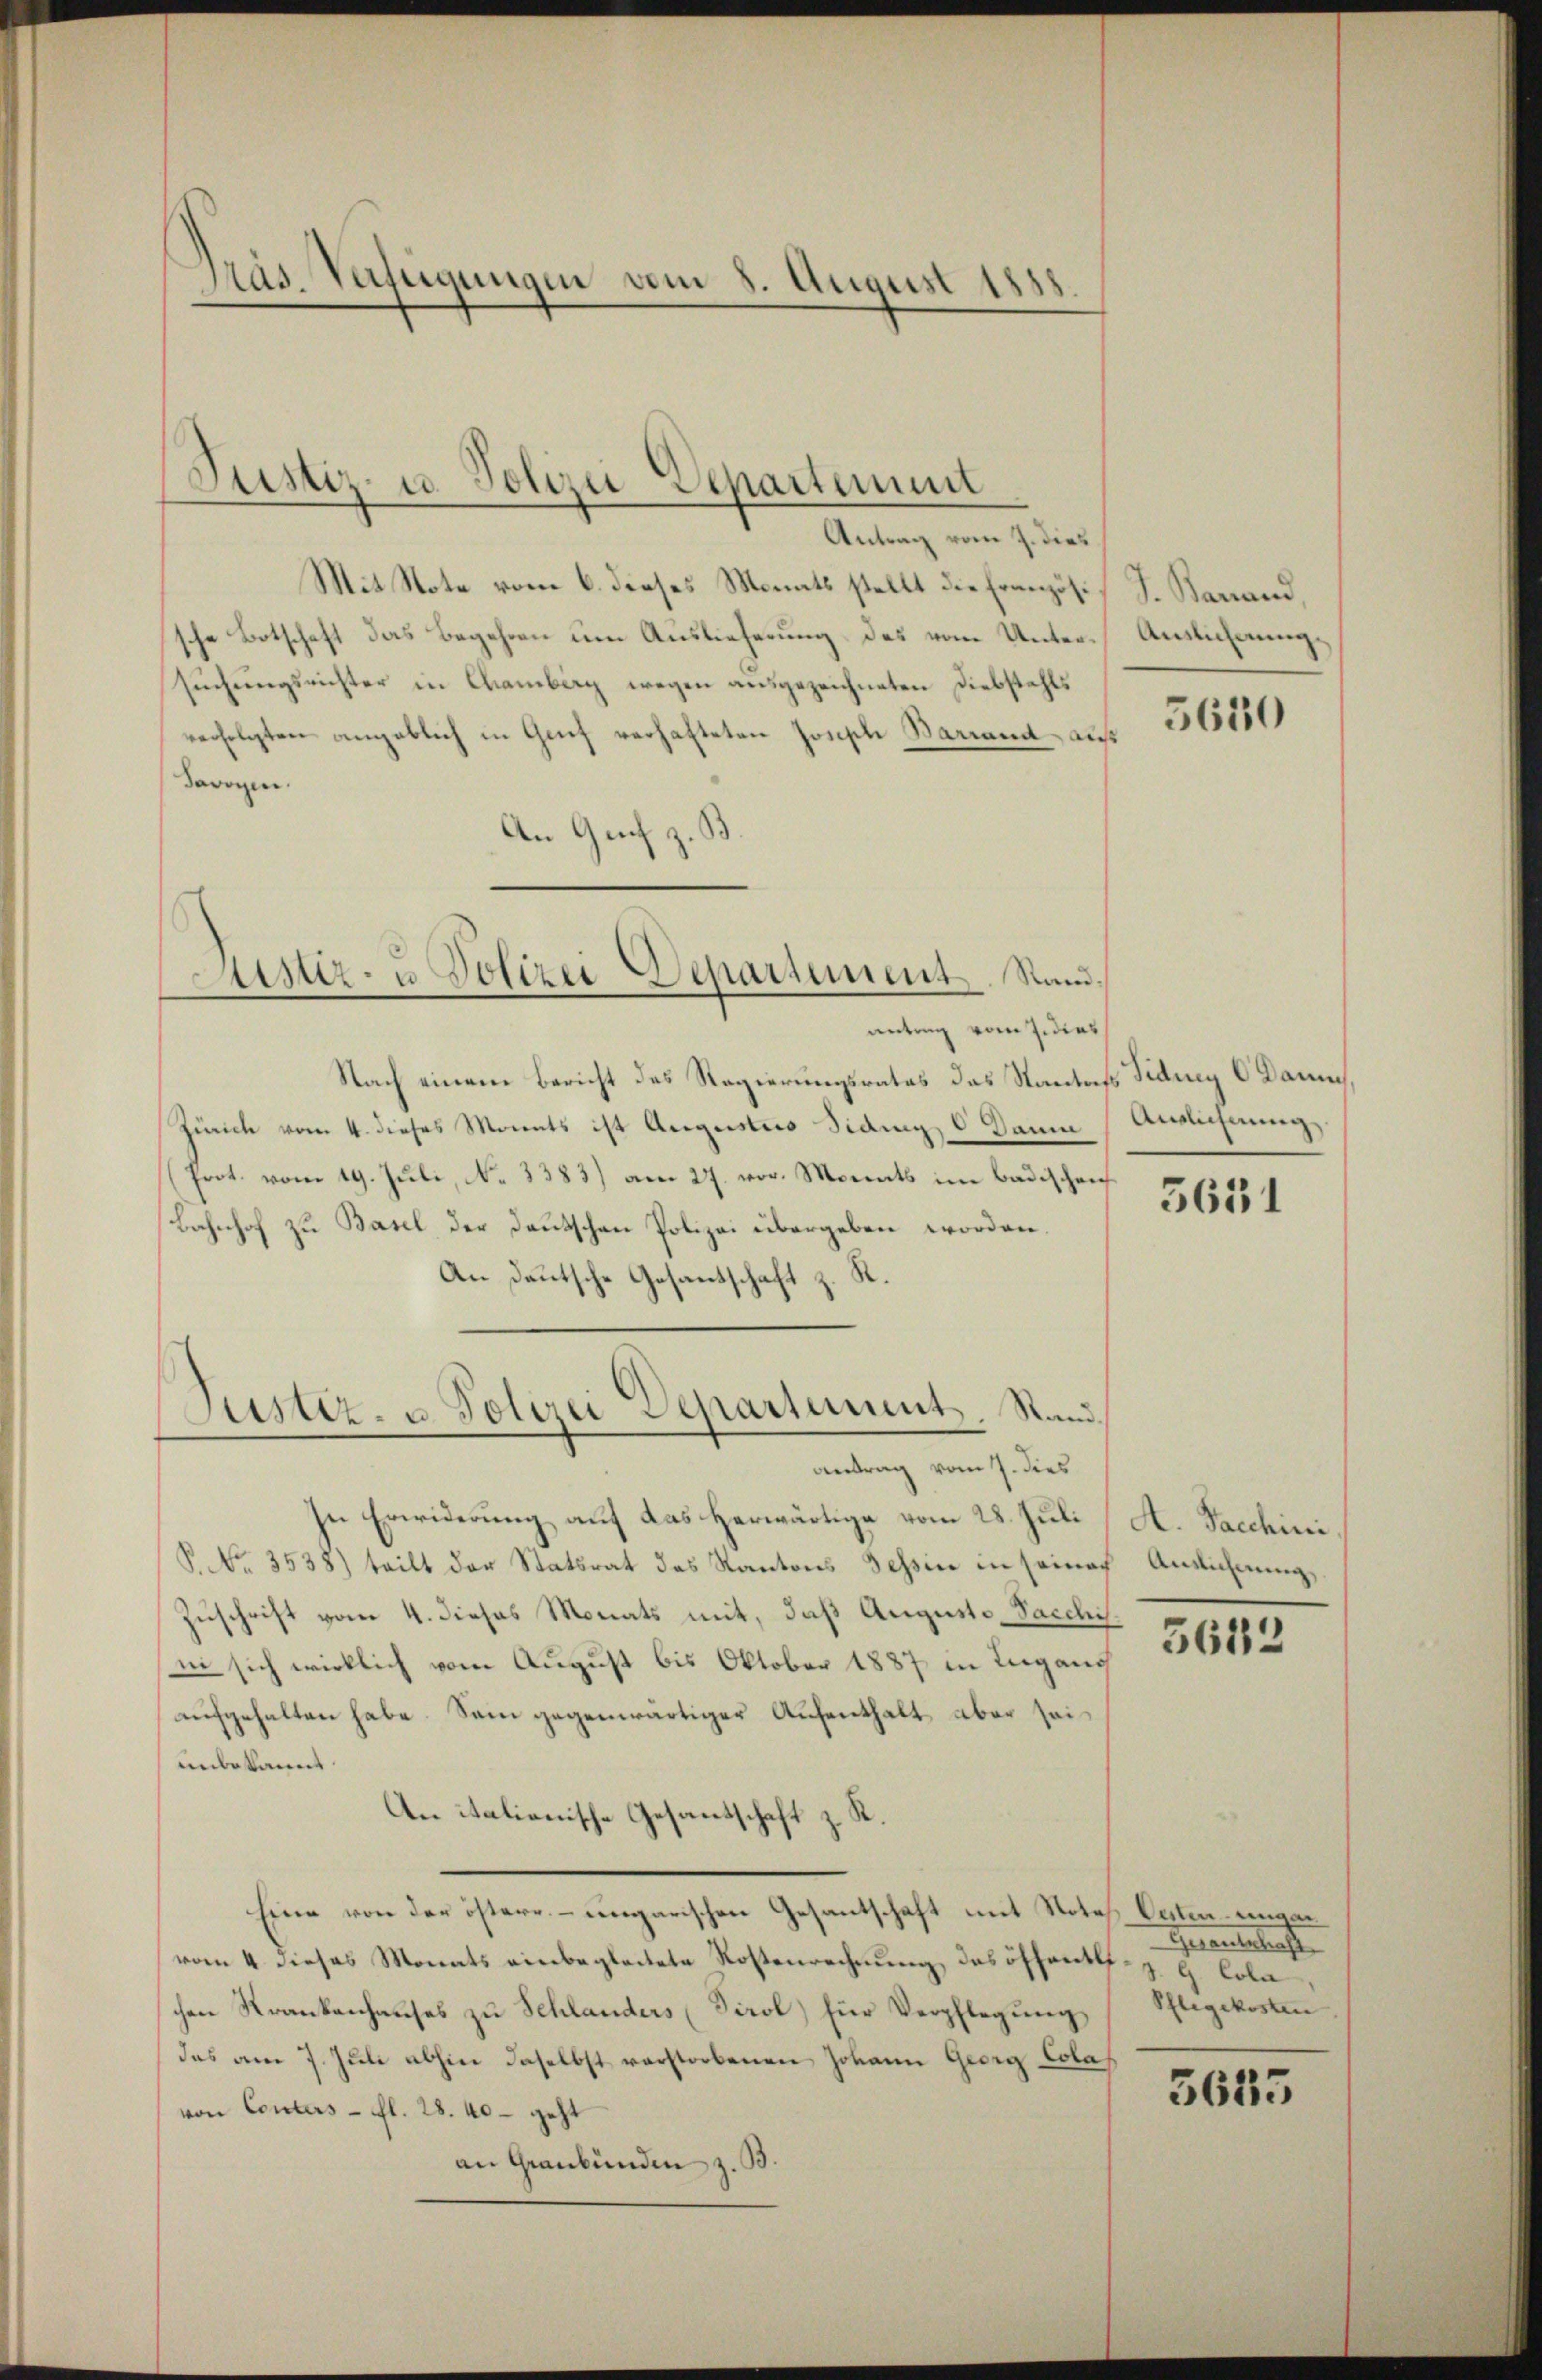
Präs. Verfügungen vom 8. August 1851

Justiz- u. Polizei Departement
Antrag vom 7. dies

Mit Note vom 6. dieses Monats stellt die Französi
sche Botschaft das Begehren um Auslieferung des vom Unter-Anslichungsuchungsrichter in Chamberg wegen ausgezeichneten Diebstahls
verfolgten angeblich in Grief verhafteten Joseph Barrand, auf
dawogen.
An Guch z. B.

Aster- u Polizei Departement. Sandantrag vom Jedens

Justiz- u. Polizei Departement. Rand.
antrag vom 7. dies

Nach einem Bericht des Regierungsrates das Staates Fiducy C Dann
Zürich vom 4. dieses Monats ist Augusties Fidung O Daum
(Prot. vom 19. Jŭli, No. 3383) am 27. vor. Monats im Badischen
Bahnhof zu Basel der Deutschen Polizei übergeben worden.
An Deutsche Gesantschaft z. R.
In Erwiderung auf das Herwärtige vom 28. Juli
P. Nr. 3538) teilt der Statsrat des Kantons Tessin in seinach
Zuschrift vom 4. dieses Monats mit, daß Auguste Sacchi.
in sich wirklich vom August bis Oktober 1887 in Lugang
aufgehalten habe. Sein gegenwärtiger Aufenthalt aber sei
unbekannt.
An italionische Gesandschaft z. R.
hinen von der östere ungarischen Gesantschaft mit Notes Oesten einger
vom 4 dieses Monats einbegleitete Kostenrechnung, das öffentliche z. B. Colachen Krankenhauses zu Schlanders (Tirol) für Verpflegung
das am 7. Juli abhin daselbst verstorbenen Johann Georg Colas
von Conters - fl. 28. 40 - geht
an Graubünden z. B.

J. Banand,

5630

Ailichnung

3651

A. Sacchini
Anslichnung,

5652

Gerantschaft
Pflegekosten

3635